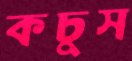
কচুস